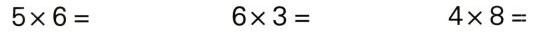
$$5 \times 6 =$$ $$6 \times 3 =$$ $$4 \times 8 =$$